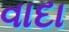
વાદા